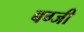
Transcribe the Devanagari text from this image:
बग्जी